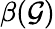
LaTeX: \beta(\mathcal{G})